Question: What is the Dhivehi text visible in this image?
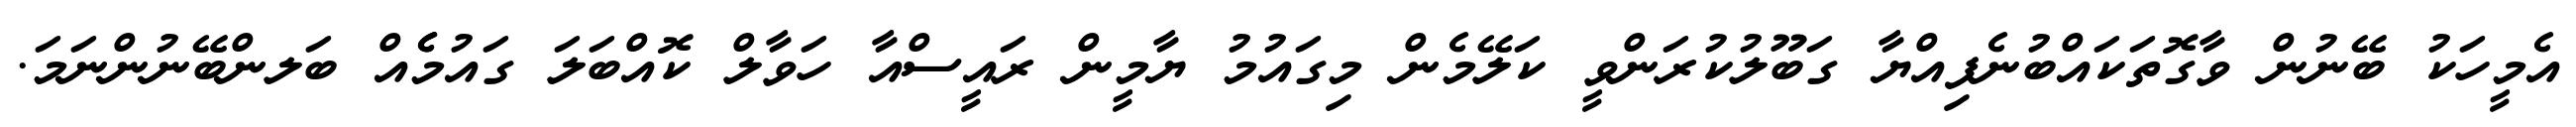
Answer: އެމީހަކު ބޭނުން ވާގޮތަކައްބުނެފިއްޔާ ގަބޫލުކުރަންވީ ކަލޭމެން މިގައުމު ޔާމީން ރައީސްއާ ހަވާލް ކޮއްބަލަ ގައުމެެއް ބަލންބޭނުންނަމަ.